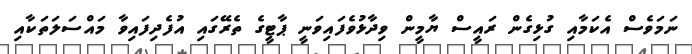
ނަމަވެސް އެކަމާއި ގުޅިގެން ރައީސް ޔާމީން ވިދާޅުވެފައިވަނީ ޕާޓީގެ ތެރޭގައި އުފެދިފައިވާ މައްސަލަތަކާއި